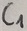
Text: C1